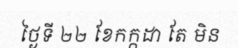
ថ្ងៃទី ២២ ខែកក្កដា តែ មិន